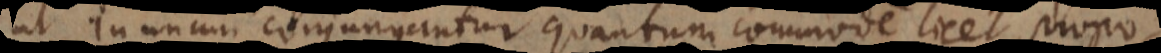
ut in unum conjungantur quantum commode licet, propo